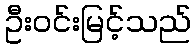
ဦးဝင်းမြင့်သည်